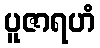
ပူဇာရဟံ